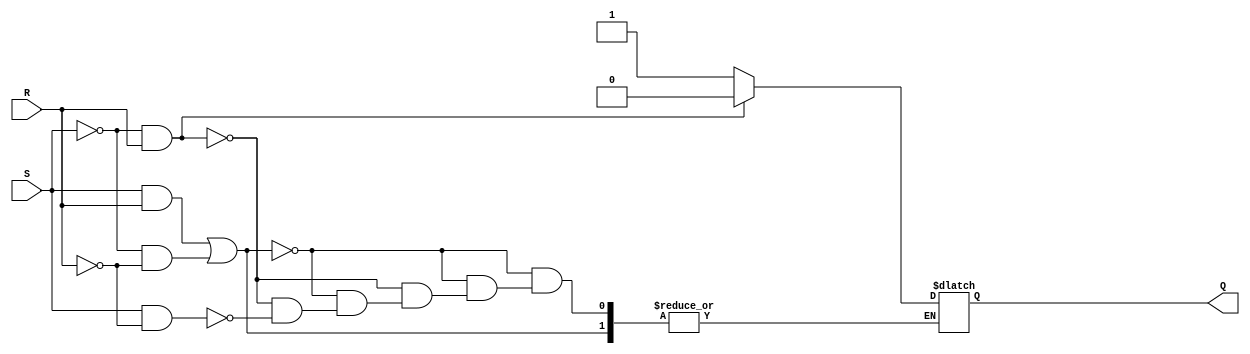
module latchsr (
    output wire Q,
    input wire  R, S 
);
    reg rQ = 0; 
    assign Q = rQ; 

    always @(S,R) begin
        if(S && R || !S && !R)
        begin
            // fazer nada
        end
        else if(!S && R) begin
            rQ = 0;
        end
        else if(S && !R) begin
            rQ = 1;
        end
    end
endmodule